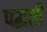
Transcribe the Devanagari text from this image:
पद्धत्ती